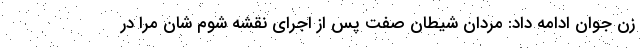
زن جوان ادامه داد: مردان شیطان صفت پس از اجرای نقشه شوم شان مرا در